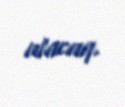
alacaq.